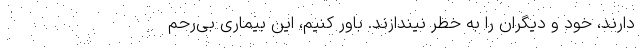
دارند، خود و دیگران را به خطر نیندازند. باور کنیم، این بیماری بی‌رحم